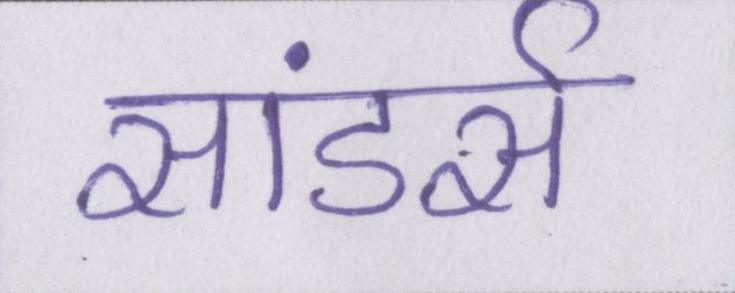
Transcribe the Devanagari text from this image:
सांडर्स